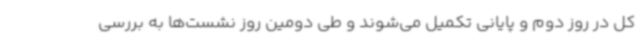
کل در روز دوم و پایانی تکمیل می‌شوند و طی دومین روز نشست‌ها به بررسی